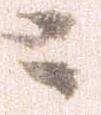
ニ